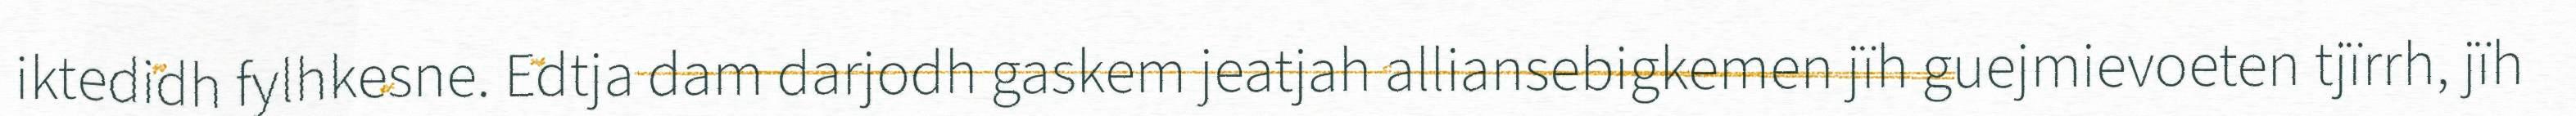
iktedidh fylhkesne. Edtja dam darjodh gaskem jeatjah alliansebigkemen jïh guejmievoeten tjïrrh, jïh